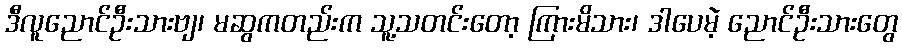
ဒီလူညောင်ဦးသားဗျ၊ မဆွကတည်းက သူ့သတင်းတော့ ကြားမိသား၊ ဒါပေမဲ့ ညောင်ဦးသားတွေ